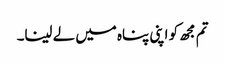
تم مجھ کو اپنی پناہ میں لے لینا۔